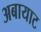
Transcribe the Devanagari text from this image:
अबायाट